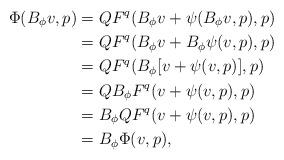
LaTeX: \begin{align*}\Phi(B_\phi v,p) &= QF^q(B_\phi v + \psi(B_\phi v, p), p)\\&=QF^q(B_\phi v + B_\phi\psi(v,p),p)\\&=QF^q(B_\phi[v+\psi(v,p)],p)\\&=QB_\phi F^q(v + \psi(v,p),p)\\&=B_\phi QF^q(v + \psi(v,p),p)\\&=B_\phi \Phi(v,p),\end{align*}